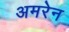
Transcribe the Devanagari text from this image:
अमरेन